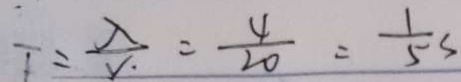
T = \frac { \lambda } { V \cdot } = \frac { 4 } { 2 0 } = \frac { 1 } { 5 } s